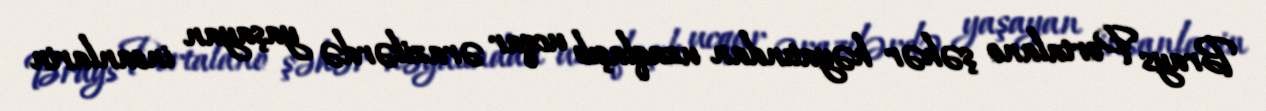
Brays Portalano şəhər həyatından uzaqlaşıb ucqar ərazilərdə yaşayan insanlarin